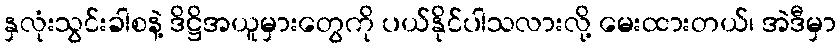
နှလုံးသွင်းခါစနဲ့ ဒိဋ္ဌိအယူမှားတွေကို ပယ်နိုင်ပါသလားလို့ မေးထားတယ်၊ အဲဒီမှာ